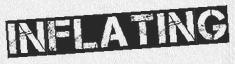
INFLATING